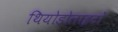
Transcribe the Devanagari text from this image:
थियोडोलाइटों